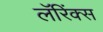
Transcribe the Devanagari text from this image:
लॅरिंक्स